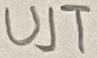
Text: UJT